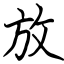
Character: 放